system: You are a helpful assistant.
user:
Analyze the provided spectrum to determine if it is a **Carbon Star (C-type)**.

- **Key Visual Indicators of Carbon Star:**
    - **(Primary):** Strong molecular absorption from **C₂ (diatomic carbon) "Swan Bands."** This is the **defining feature** of a carbon star.
        - **(Key Bandheads):** Sharp absorption edges are visible at approximately $5635$ Å, $5165$ Å (the strongest band), and $4737$ Å.
        - **(Line Profile):** Creates a distinct **"saw-tooth"** pattern. The key morphology is a sharp, steep bandhead on the **red (long-wavelength) side**, which then gradually tapers off (i.e., flux recovers) towards the **blue (short-wavelength) side**. *(This is the direct opposite of the TiO bands seen in M-type stars)*.

    - **(Secondary):** Intense **CN (cyanogen)** molecular absorption bands.
        - **(Key Bandheads):** Located in the blue and violet regions of the spectrum (e.g., near $4215$ Å and $3883$ Å).
        - **(Morphology):** These bands are extremely broad and act as a "blanket," absorbing the vast majority of blue and violet light. This creates a characteristic **"cliff"** or **"steep drop-off"** in the spectrum's flux at short wavelengths.

    - **(Key Confirmation):** Strong **CH absorption band (G-band)**.
        - **(Key Bandhead):** Located around $4300$ Å. The contribution from CH molecules to this band is exceptionally strong.

    - **(Overall Spectrum):**
        - The continuum is severely "chopped up" by these deep molecular bands, especially C₂, rather than appearing as a smooth curve.
        - Due to the heavy CN and C₂ absorption in the blue-green, the vast majority of the star's flux is concentrated in the red part of the spectrum, giving the star its characteristic deep red color.

Think first, call **spectral_visualization_tool** if needed to examine features in detail, then provide your final answer. Your response must adhere to the following strict rules:
1.  **Overall Structure:** Your response must follow the format `<think>...</think> <tool_call>...</tool_call> (if a tool is used) <answer>...</answer>`.
2.  **Tool Usage Constraint:** You may only make **one** tool call per turn.
3.  **Final Answer Format:** In the `<answer>` tag, your conclusion must be inside a `\boxed{}` command (e.g., `\boxed{YES}`), followed by your justification.

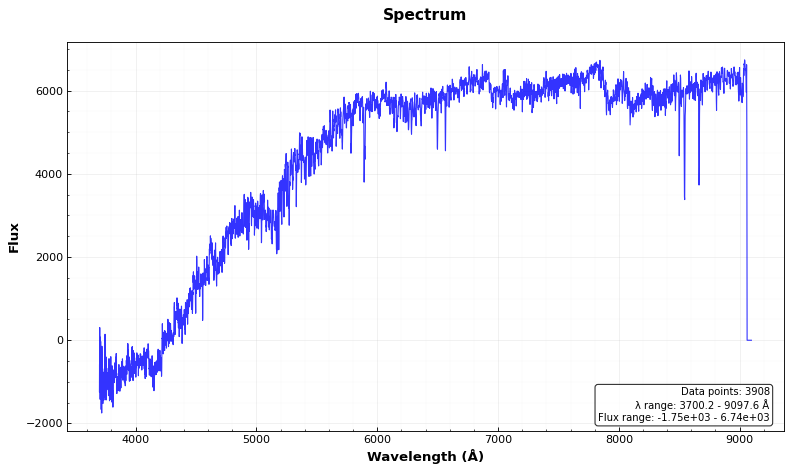
Answer: YES